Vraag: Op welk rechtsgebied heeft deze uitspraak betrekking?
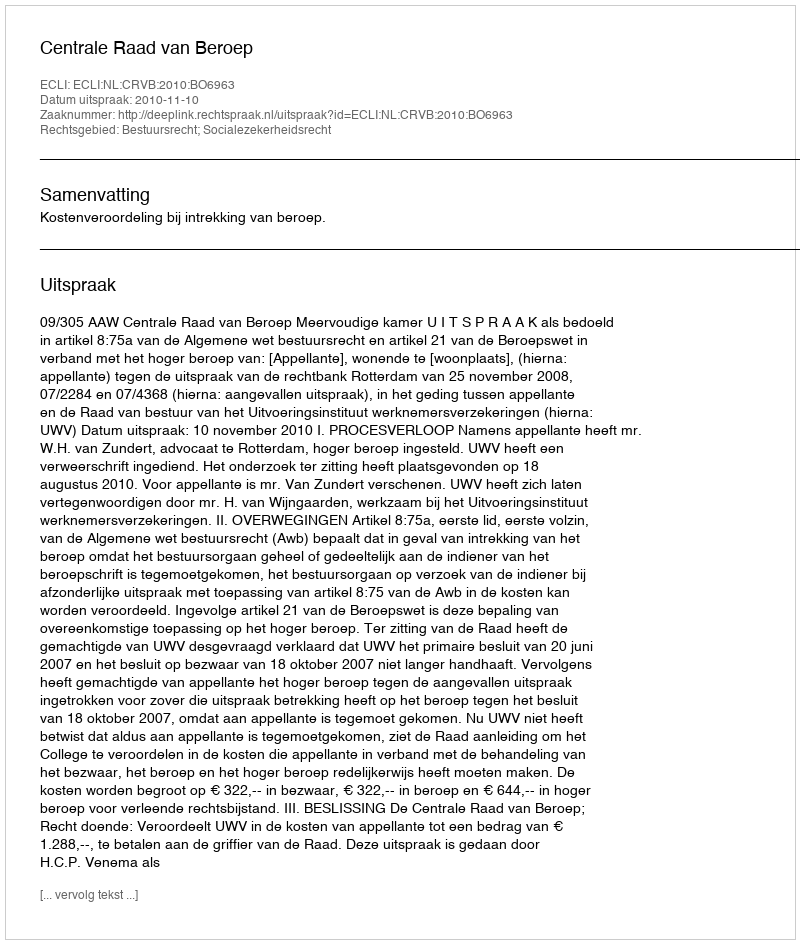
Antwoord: Bestuursrecht; Socialezekerheidsrecht